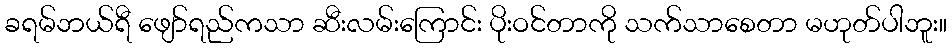
ခရမ်ဘယ်ရီ ဖျော်ရည်ကသာ ဆီးလမ်းကြောင်း ပိုးဝင်တာကို သက်သာစေတာ မဟုတ်ပါဘူး။